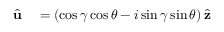
\begin{array} { r l } { \hat { \mathbf { u } } } & { { } = \left( \cos \gamma \cos \theta - i \sin \gamma \sin \theta \right) \hat { \mathbf { z } } } \end{array}